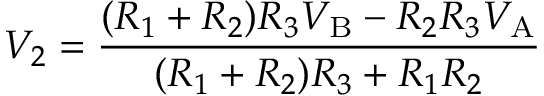
V _ { 2 } = { \frac { ( R _ { 1 } + R _ { 2 } ) R _ { 3 } V _ { \mathrm { B } } - R _ { 2 } R _ { 3 } V _ { \mathrm { A } } } { ( R _ { 1 } + R _ { 2 } ) R _ { 3 } + R _ { 1 } R _ { 2 } } }